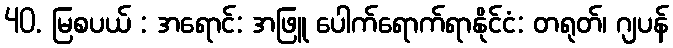
40. မြစပယ် : အရောင်: အဖြူ ပေါက်ရောက်ရာနိုင်ငံ: တရုတ်၊ ဂျပန်